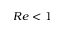
R e < 1